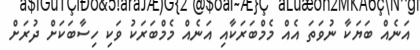
އަނެއް ބަޔަކާ ނުވަތަ އެއް މެމްބަރަކާއި އަނެއް މެމްބަރަކު ވަކި ހިސާބަކަށް ދުރަށް